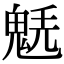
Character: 𩳂